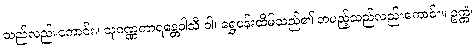
သည်လည်းကောင်း။ သုဝဏ္ဏကာရန္တေဝါသီ ဝါ၊ ရွှေပန်းထိမ်သည်၏ တပည့်သည်လည်းကောင်း။ ဥက္ကံ၊